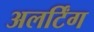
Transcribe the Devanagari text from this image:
अलर्टिंग